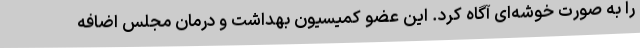
را به صورت خوشه‌ای آگاه کرد. این عضو کمیسیون بهداشت و درمان مجلس اضافه